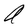
Character: a